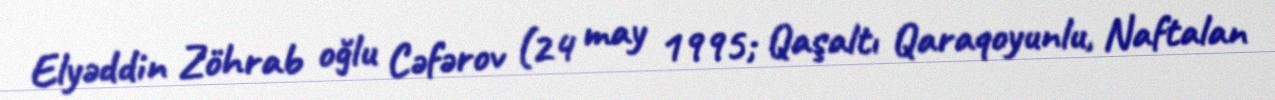
Elyəddin Zöhrab oğlu Cəfərov (24 may 1995; Qaşaltı Qaraqoyunlu, Naftalan